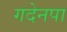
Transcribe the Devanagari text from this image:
गदेनपा